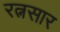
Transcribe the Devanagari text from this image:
रत्नसार